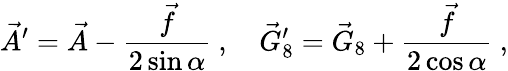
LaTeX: \vec{A}^{\prime}=\vec{A}-\frac{\vec{f}}{2\sin\alpha}~,~~~~\vec{G}_{8}^{\prime}=\vec{G}_{8}+\frac{\vec{f}}{2\cos\alpha}~,